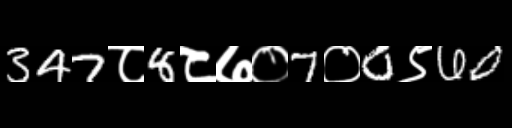
Text: 347८8८७०7०0९60